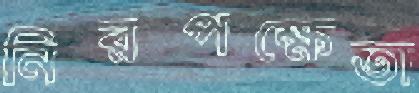
নিরপক্ষেতা